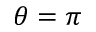
\theta = \pi